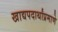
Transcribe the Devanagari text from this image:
खाद्यपदार्थांप्रमाणे